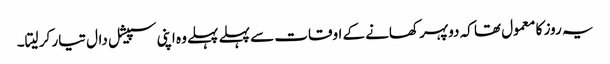
یہ روز کا معمول تھا کہ دوپہر کھانے کے اوقات سے پہلے پہلے وہ اپنی سپیشل دال تیار کر لیتا۔